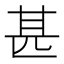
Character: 甚